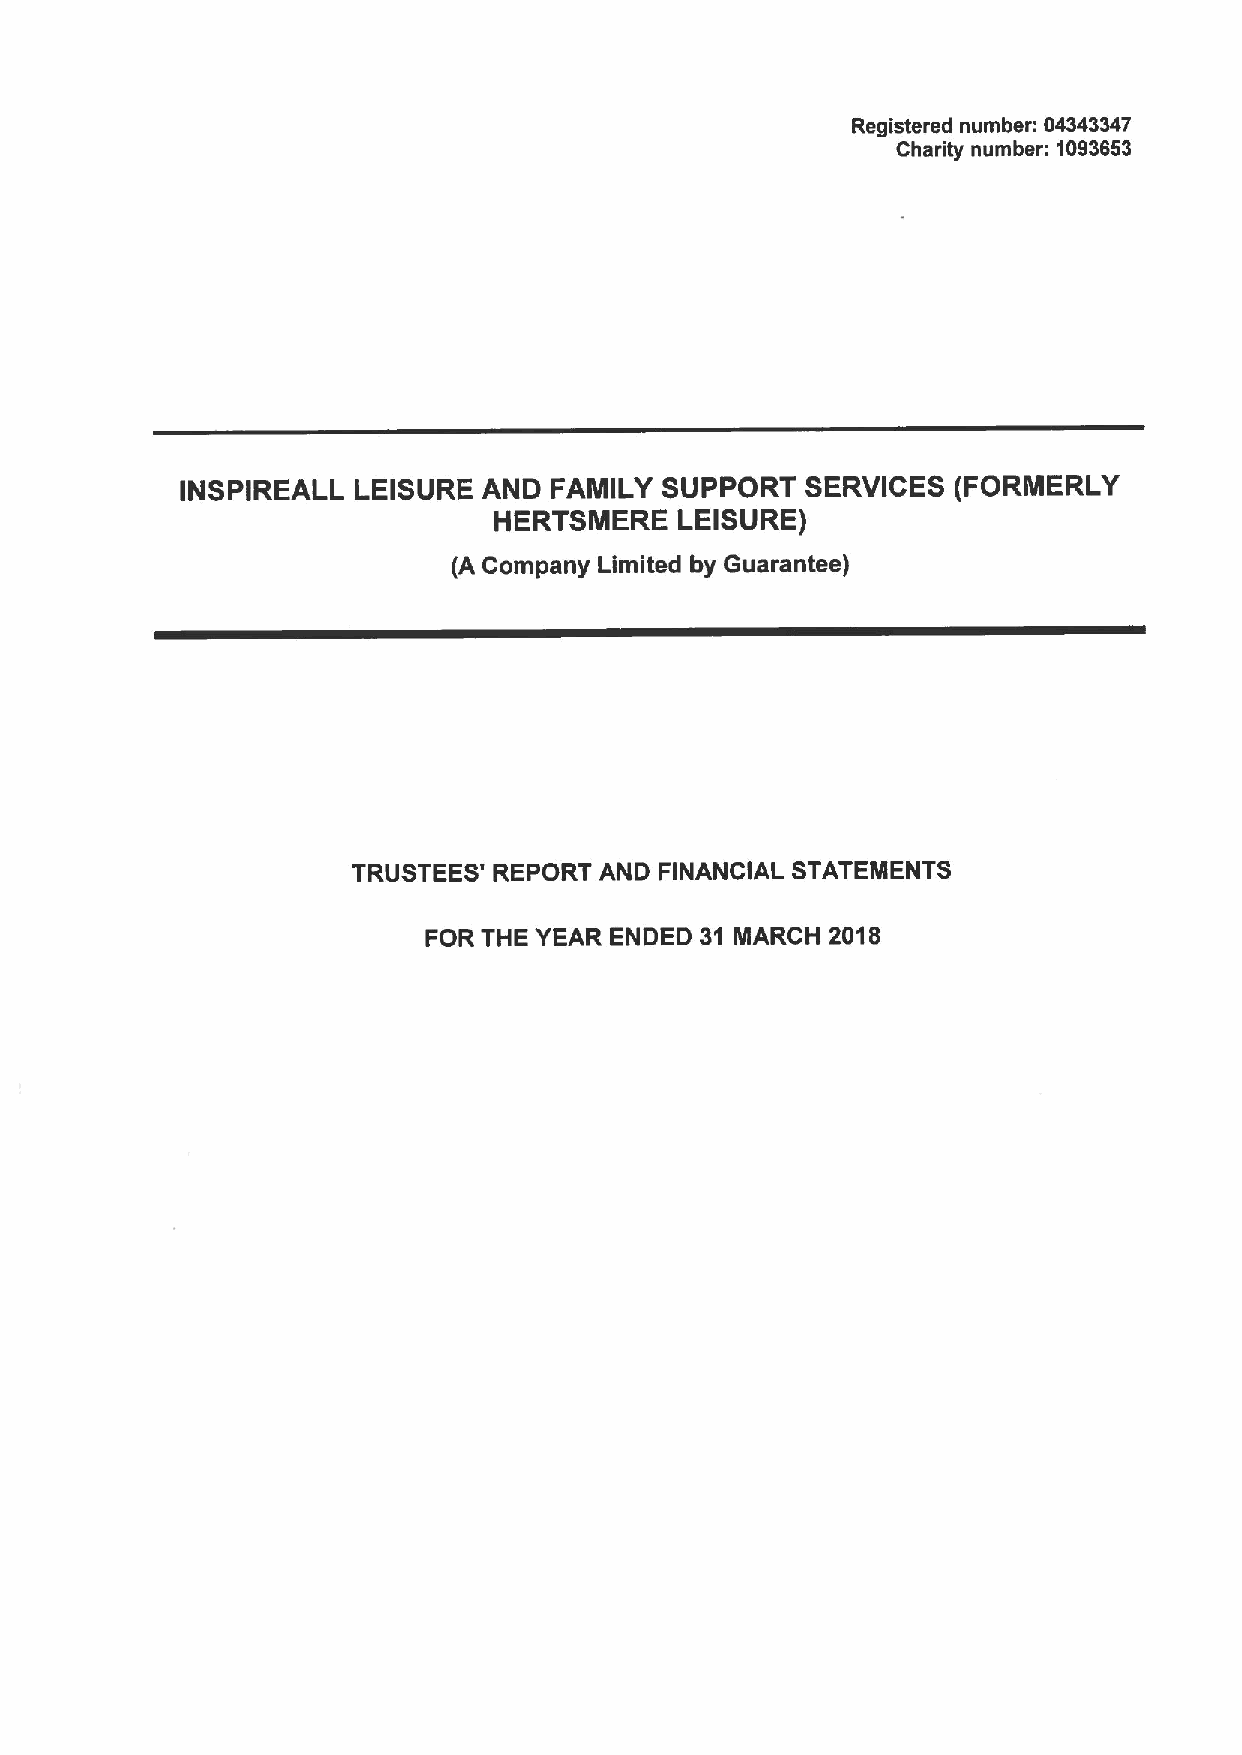
Registered number: 04343347
 Charity number: 1093653
 INSPIREALL LEISURE  AND FAMILY  SUPPORT  SERVICES  (FORMERLY
 HERTSMERE   LEISURE)
 (A Company Limited by Guarantee)
 TRUSTEES' REPORT AND FINANCIAL STATEMENTS
 FOR THE YEAR ENDED 31 MARCH 2018